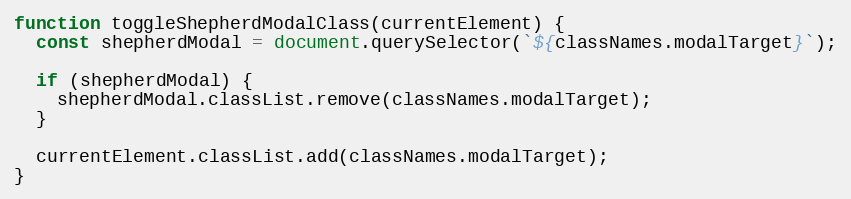
Language: JavaScript
function toggleShepherdModalClass(currentElement) {
  const shepherdModal = document.querySelector(`${classNames.modalTarget}`);

  if (shepherdModal) {
    shepherdModal.classList.remove(classNames.modalTarget);
  }

  currentElement.classList.add(classNames.modalTarget);
}